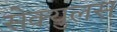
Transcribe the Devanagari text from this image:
सेक्युलस